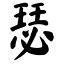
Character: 瑟